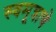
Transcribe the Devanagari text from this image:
स्वमूत्राचे